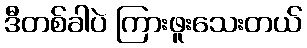
ဒီတစ်ခါပဲ ကြားဖူးသေးတယ်